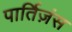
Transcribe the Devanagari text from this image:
पार्तिज़ंस